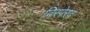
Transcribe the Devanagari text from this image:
विस्पेरद